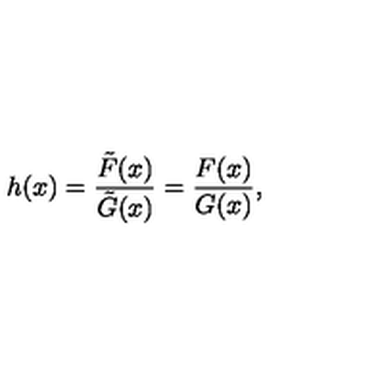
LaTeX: h ( x ) = { \frac { \tilde { F } ( x ) } { \tilde { G } ( x ) } } = { \frac { F ( x ) } { G ( x ) } } ,